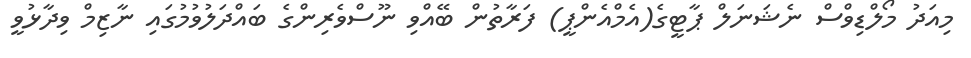
މިއަދު މޯލްޑިވްސް ނެޝަނަލް ޕާޓީގެ(އެމްއެންޕީ) ފަރާތުން ބޭއްވި ނޫސްވެރިންގެ ބައްދަލުވުމުގައި ނާޒިމް ވިދާޅުވީ